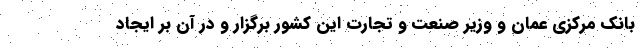
بانک مرکزی عمان و وزیر صنعت و تجارت این کشور برگزار و در آن بر ایجاد